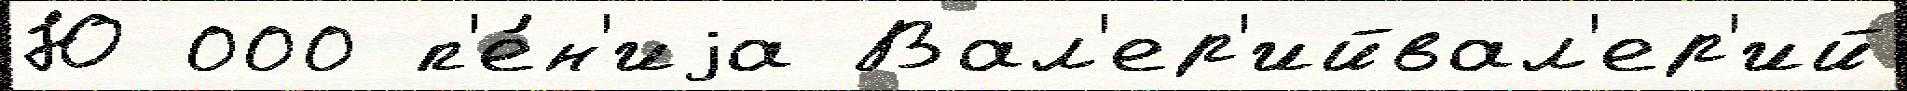
Ю 000 п'е́н'иjа Вал'ер'ийвал'ер'ий